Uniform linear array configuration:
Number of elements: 4
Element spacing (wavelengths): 1
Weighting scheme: uniform
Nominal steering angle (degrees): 45
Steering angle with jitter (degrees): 45.437
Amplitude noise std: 0.05
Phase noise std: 0.05

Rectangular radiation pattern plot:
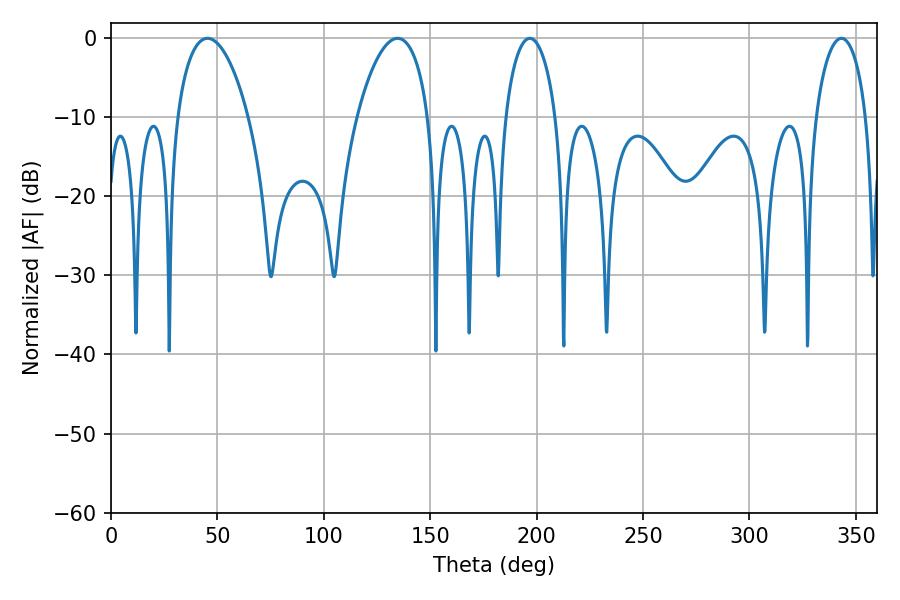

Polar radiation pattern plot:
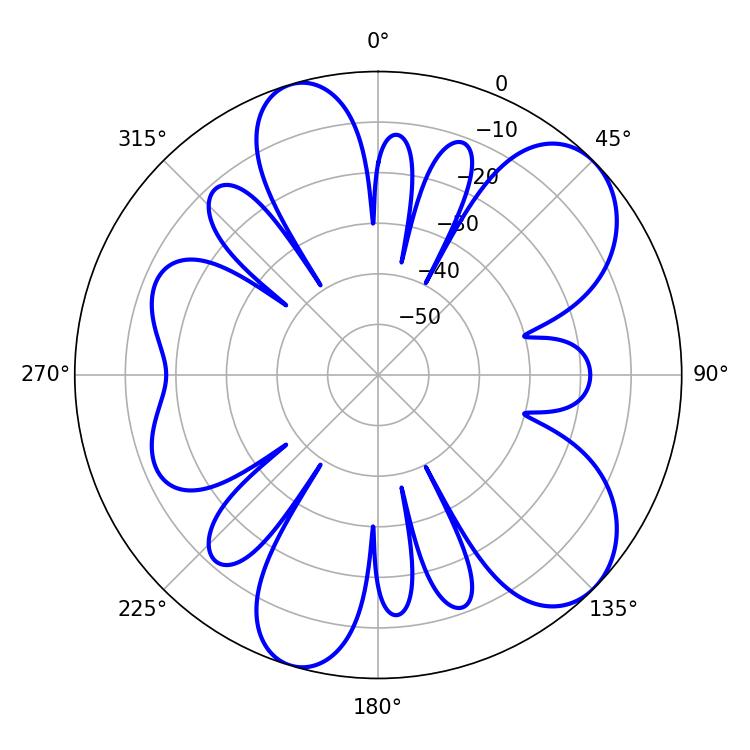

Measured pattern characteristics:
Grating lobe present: TRUE
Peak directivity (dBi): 8.061
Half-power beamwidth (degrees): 18.9
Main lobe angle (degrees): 45.36